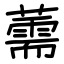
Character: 薷